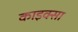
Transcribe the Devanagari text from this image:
काइक्सा